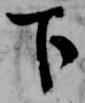
下